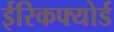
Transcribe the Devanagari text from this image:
ईरिकफ्योर्ड